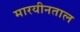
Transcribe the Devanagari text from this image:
मारयीनताल